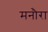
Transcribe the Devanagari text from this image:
मनौरा